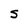
Character: s